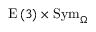
\mathrm { E } \left( 3 \right) \times \mathrm { S y m } _ { \Omega }